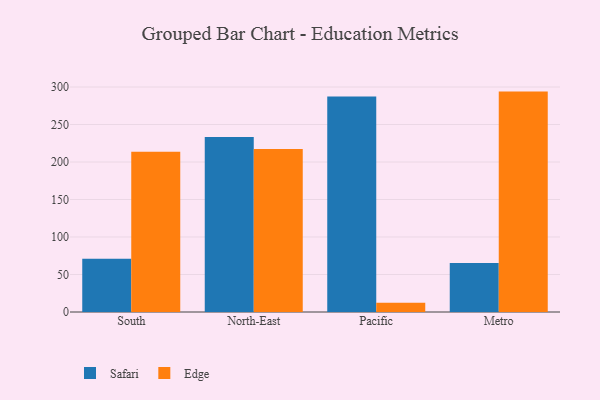
{"axis": {"x": "Region", "y": "Demand Index"}, "legend": ["Edge", "Safari"], "data": [{"x": "South", "y": 70.9, "type": "Safari"}, {"x": "South", "y": 213.6, "type": "Edge"}, {"x": "North-East", "y": 233.2, "type": "Safari"}, {"x": "North-East", "y": 217.2, "type": "Edge"}, {"x": "Pacific", "y": 287.3, "type": "Safari"}, {"x": "Pacific", "y": 12.4, "type": "Edge"}, {"x": "Metro", "y": 65.4, "type": "Safari"}, {"x": "Metro", "y": 293.9, "type": "Edge"}]}